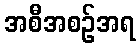
အစီအစဉ်အရ